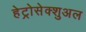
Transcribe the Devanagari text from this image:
हेट्रोसेक्शुअल